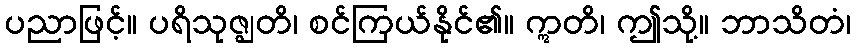
ပညာဖြင့်။ ပရိသုဇ္ဈတိ၊ စင်ကြယ်နိုင်၏။ ဣတိ၊ ဤသို့။ ဘာသိတံ၊